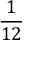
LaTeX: \frac { 1 } { 1 2 }